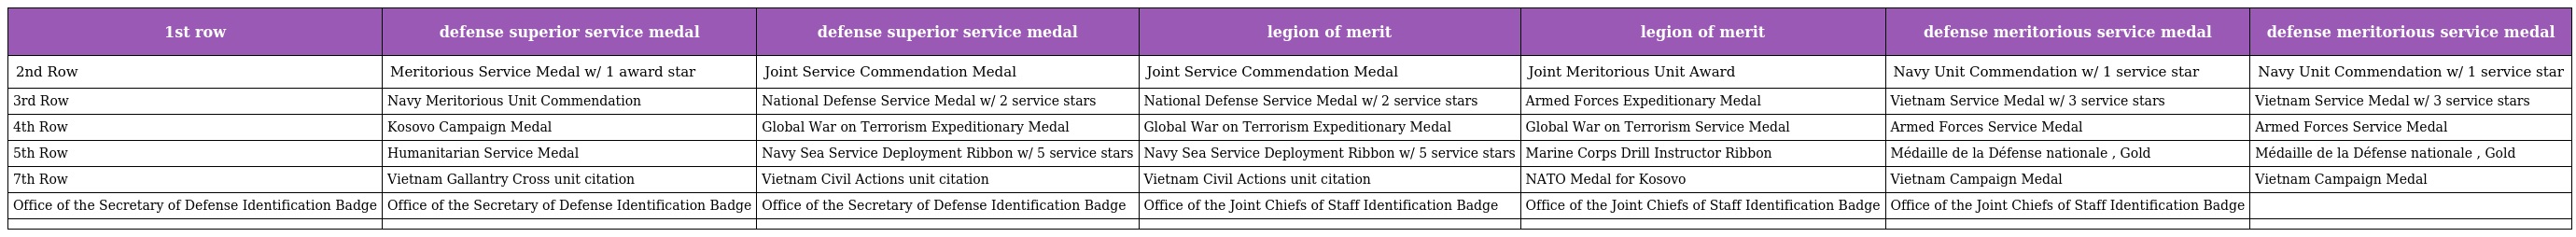
| 1st row | defense superior service medal | defense superior service medal | legion of merit | legion of merit | defense meritorious service medal | defense meritorious service medal |
 | --- | --- | --- | --- | --- | --- | --- |
 | 2nd Row | Meritorious Service Medal w/ 1 award star | Joint Service Commendation Medal | Joint Service Commendation Medal | Joint Meritorious Unit Award | Navy Unit Commendation w/ 1 service star | Navy Unit Commendation w/ 1 service star |
 | 3rd Row | Navy Meritorious Unit Commendation | National Defense Service Medal w/ 2 service stars | National Defense Service Medal w/ 2 service stars | Armed Forces Expeditionary Medal | Vietnam Service Medal w/ 3 service stars | Vietnam Service Medal w/ 3 service stars |
 | 4th Row | Kosovo Campaign Medal | Global War on Terrorism Expeditionary Medal | Global War on Terrorism Expeditionary Medal | Global War on Terrorism Service Medal | Armed Forces Service Medal | Armed Forces Service Medal |
 | 5th Row | Humanitarian Service Medal | Navy Sea Service Deployment Ribbon w/ 5 service stars | Navy Sea Service Deployment Ribbon w/ 5 service stars | Marine Corps Drill Instructor Ribbon | Médaille de la Défense nationale , Gold | Médaille de la Défense nationale , Gold |
 | 7th Row | Vietnam Gallantry Cross unit citation | Vietnam Civil Actions unit citation | Vietnam Civil Actions unit citation | NATO Medal for Kosovo | Vietnam Campaign Medal | Vietnam Campaign Medal |
 | Office of the Secretary of Defense Identification Badge | Office of the Secretary of Defense Identification Badge | Office of the Secretary of Defense Identification Badge | Office of the Joint Chiefs of Staff Identification Badge | Office of the Joint Chiefs of Staff Identification Badge | Office of the Joint Chiefs of Staff Identification Badge |  |
 |  |  |  |  |  |  |  |